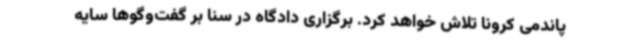
پاندمی کرونا تلاش خواهد کرد. برگزاری دادگاه در سنا بر گفت‌وگوها سایه